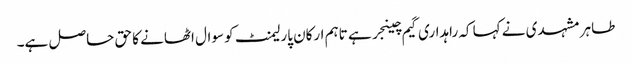
طاہر مشہدی نے کہا کہ راہداری گیم چینجر ہے تاہم ارکان پارلیمنٹ کو سوال اٹھانے کا حق حاصل ہے۔